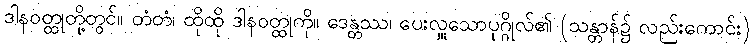
ဒါနဝတ္ထုတို့တွင်။ တံတံ၊ ထိုထို ဒါနဝတ္ထုကို။ ဒေန္တဿ၊ ပေးလှူသောပုဂ္ဂိုလ်၏ (သန္တာန်၌ လည်းကောင်း)